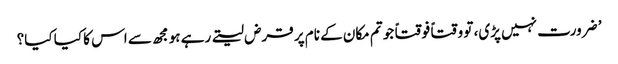
’ ضرورت نہیں پڑی، تو وقتاً فوقتاً جو تم مکان کے نام پر قرض لیتے رہے ہو مجھ سے اس کا کیا کیا؟